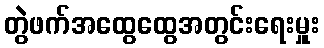
တွဲဖက်အထွေထွေအတွင်းရေးမှူး